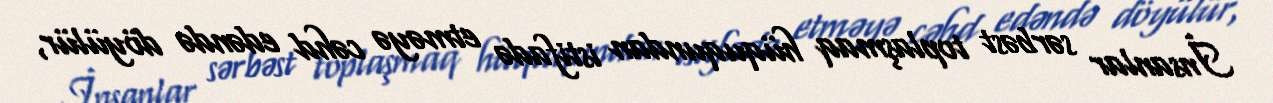
İnsanlar sərbəst toplaşmaq hüququndan istifadə etməyə cəhd edəndə döyülür,